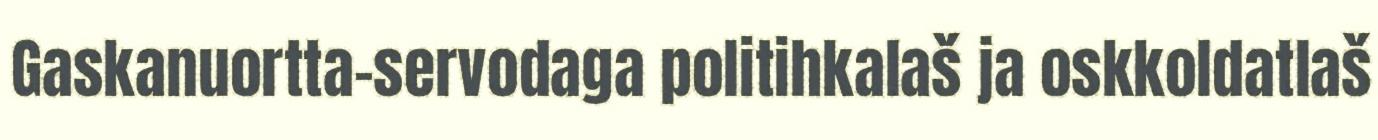
Gaskanuortta-servodaga politihkalaš ja oskkoldatlaš